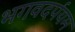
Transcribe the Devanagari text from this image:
भगवदर्पयम